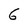
Character: 6